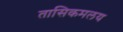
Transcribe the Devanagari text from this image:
तासिकमलय